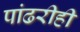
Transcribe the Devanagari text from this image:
पांढरीही